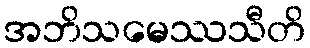
အဘိသမေဿသီတိ